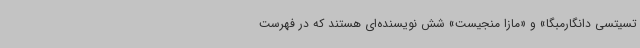
تسیتسی دانگارمبگا» و «مازا منجیست» شش نویسنده‌ای هستند که در فهرست